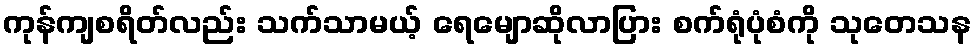
ကုန်ကျစရိတ်လည်း သက်သာမယ့် ရေမျောဆိုလာပြား စက်ရုံပုံစံကို သုတေသန